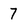
Character: 7